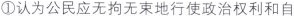
①认为公民应无拘无束地行使政治权利和自